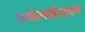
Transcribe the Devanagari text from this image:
प्रयोगकौशल्य